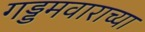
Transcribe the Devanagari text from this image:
गड्डमवाराच्या